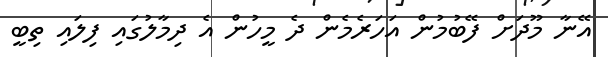
އޭނާ މޫދަށް ފޭބުމުން އަހަރެމެން ދެ މީހުން އެ ދިމާލުގައި ފިލައި ތިބީ